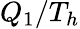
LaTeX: Q_{1}/T_{h}